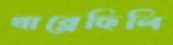
খাব্‌লেছিলি